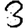
Digit: 3